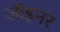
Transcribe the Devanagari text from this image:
जॉइनर